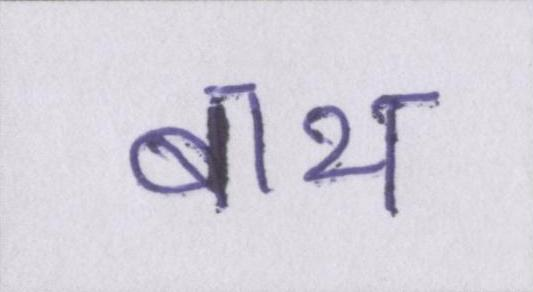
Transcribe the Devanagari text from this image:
बाथ